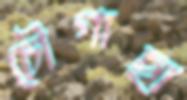
চৌগাছা